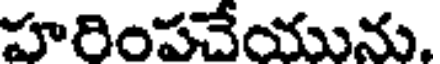
హరింపచేయును.